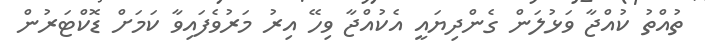
ތުއްތު ކުއްޖާ ވަޅުލަން ގެންދިޔައީ އެކުއްޖާ ވިހޭ އިރު މަރުވެފައިވާ ކަމަށް ޑޮކްޓަރުން